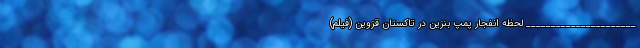
______________________ لحظه انفجار پمپ بنزین در تاکستان قزوین (فیلم)